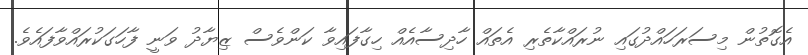
އެގޮތުން މިސަރަހައްދުގައި ނުރައްކާތެރި އެތައް ހާދިސާއެއް ހިގާފައިވާ ކަންވެސް ޒިޔާދު ވަނީ ފާހަގަކުރައްވާފައެވެ.